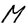
Character: M